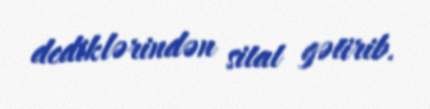
dediklərindən sitat gətirib.